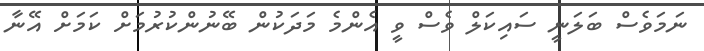
ނަމަވެސް ބަލަނީ ސައިކަލް ވެސް ވީ އެންމެ މަދަކުން ބޭނުންކުރުމަށް ކަމަށް އޭނާ